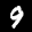
Label: 9